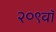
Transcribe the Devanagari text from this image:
२०९वॉ